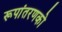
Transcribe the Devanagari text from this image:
रूपांतरणको